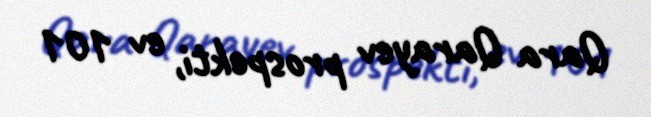
Qara Qarayev prospekti, ev 101